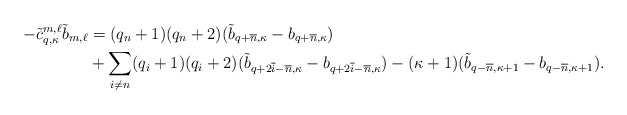
\begin{align*}-\tilde c^{m,\ell} _{q,\kappa} \tilde b_{m,\ell} & = (q_n +1) (q_n +2)( \tilde b_{q+ \overline{n},\kappa}- b_{q+ \overline{n},\kappa}) \\& + \sum_{i \neq n} (q_i + 1) (q_i + 2)(\tilde b_ {q+ 2 \overline{i} - \overline n,\kappa}- b_{q+ 2 \overline{i} - \overline n,\kappa}) - (\kappa+1)( \tilde b_{q- \overline{n}, \kappa+1} - b_{q- \overline{n}, \kappa+1}).\end{align*}